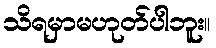
သိရမှာမဟုတ်ပါဘူး။